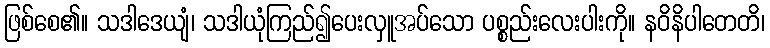
ဖြစ်စေ၏။ သဒါဒေယျံ၊ သဒါယုံကြည်၍ပေးလှူအပ်သော ပစ္စည်းလေးပါးကို။ နဝိနိပါတေတိ၊